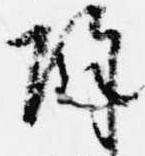
除